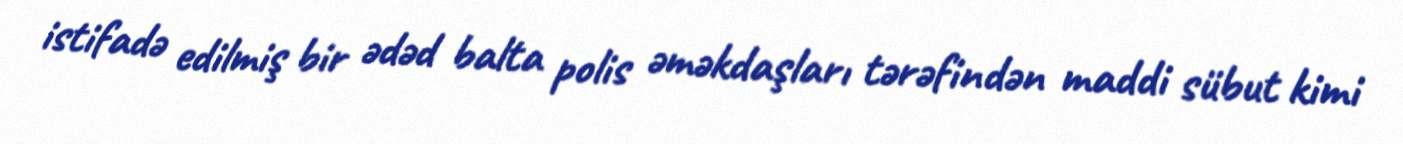
istifadə edilmiş bir ədəd balta polis əməkdaşları tərəfindən maddi sübut kimi